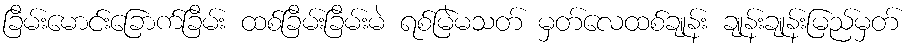
ခြိမ်းမောင်းခြောက်ခြိမ်း ထစ်ခြိမ်းခြိမ်းမဲ ရစ်မြဲမသတ် မှတ်လေထစ်ချုန်း ချုန်းချုန်းမြည်မှတ်